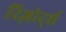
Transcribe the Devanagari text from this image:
रिज़ोर्ट्स